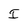
Character: I